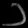
Digit: ၁